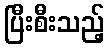
ပြီးစီးသည့်